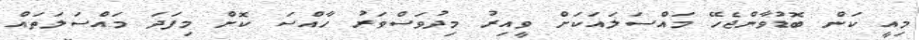
މިއީ ކަން ބޮޑުވާންޖެހޭ މައްސަލައަކަށް ވީއިރު މިދުވަސްވަރު ހާއްސަ ކޮށް މިފަދަ މައްސަލަތައް